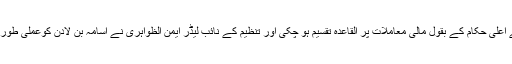
پاکستان کی آئی ایس آئی اور فوج کے اعلی حکام کے بقول مالی معاملات پر القاعدہ تقسیم ہو چکی اور تنظیم کے نائب لیڈر ایمن الظواہری نے اُسامہ بن لادن کوعملی طور پر سائیڈ لائن یا غیر موثر کردیا تھا۔